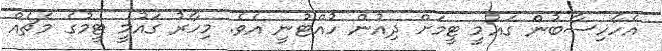
އެހާހިސާބުން ގައުމީ ޓީމަށް ދިއުން ހުއްޓުނީ އެވެ. މިހާރު ގައުމީ ޓީމުގެ މެޗެއް